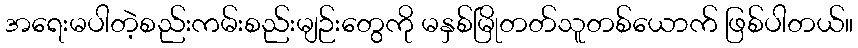
အရေးမပါတဲ့စည်းကမ်းစည်းမျဉ်းတွေကို မနှစ်မြိုတတ်သူတစ်ယောက် ဖြစ်ပါတယ်။